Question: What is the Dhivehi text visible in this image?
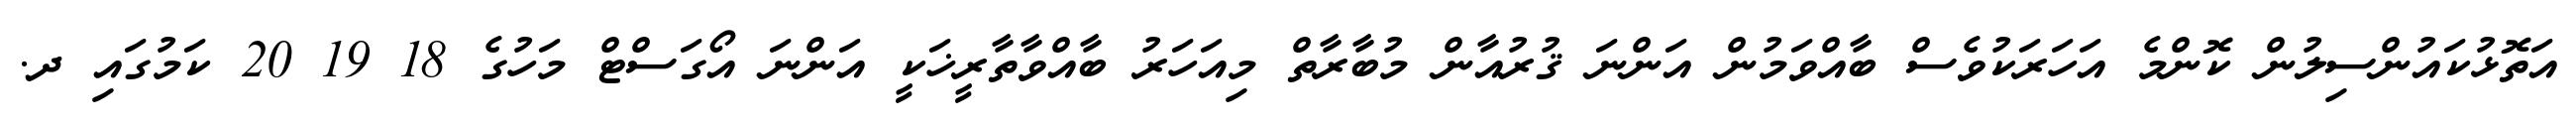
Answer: އަތޮޅުކައުންސިލުން ކޮންމެ އަހަރަކުވެސް ބާއްވަމުން އަންނަ ޤުރުއާން މުބާރާތް މިއަހަރު ބާއްވާތާރީޚަކީ އަންނަ އޯގަސްޓް މަހުގެ 18 19 20 ކަމުގައި ދ.